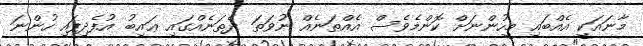
މާނައަކީ އެއްބައި މީހުންނަށް ކޮންމެވެސް އެއްތަނެއް ނުވަތަ ދެތަނެއްގައި ޢައިބު އުފެދިފައި ހުންނަ